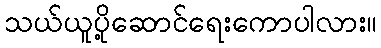
သယ်ယူပို့ဆောင်ရေးကောပါလား။